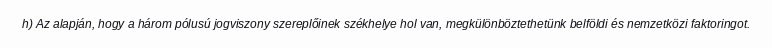
h) Az alapján, hogy a három pólusú jogviszony szereplőinek székhelye hol van, megkülönböztethetünk belföldi és nemzetközi faktoringot.